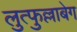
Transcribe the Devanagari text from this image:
लुत्फुल्लाबेग